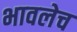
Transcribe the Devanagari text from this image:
भावलेच